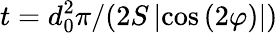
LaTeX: t=d_{0}^{2}\pi/(2S\left|\cos{\left(2\varphi\right)}\right|)